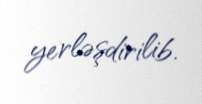
yerləşdirilib.